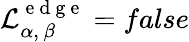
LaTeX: \mathcal{L}_{\alpha,\, \beta}^{\mathrm{~e~d~g~e~}}=false